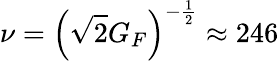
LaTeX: \nu=\left(\sqrt{2}G_{F}\right)^{-\frac{1}{2}}\approx 246